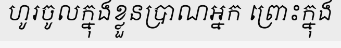
ហូរចូលក្នុងខ្លួនប្រាណអ្នក ព្រោះក្នុង